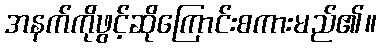
အနက်ကိုဖွင့်ဆိုကြောင်းစကားမည်၏။